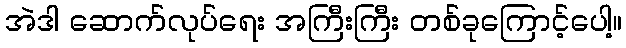
အဲဒါ ဆောက်လုပ်ရေး အကြီးကြီး တစ်ခုကြောင့်ပေါ့။